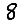
Digit: 8